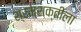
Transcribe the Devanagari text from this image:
श्रमशक्तीला